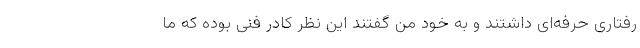
رفتاری حرفه‌ای داشتند و به خود من گفتند این نظر کادر فنی بوده که ما